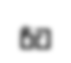
රීට